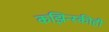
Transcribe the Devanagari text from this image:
कझिन्स्कीही